Bombay plague: being a history of the progress of plague in the Bombay presidency from September 1896 to June 1899
Year: 1896
Disease focus: Plague
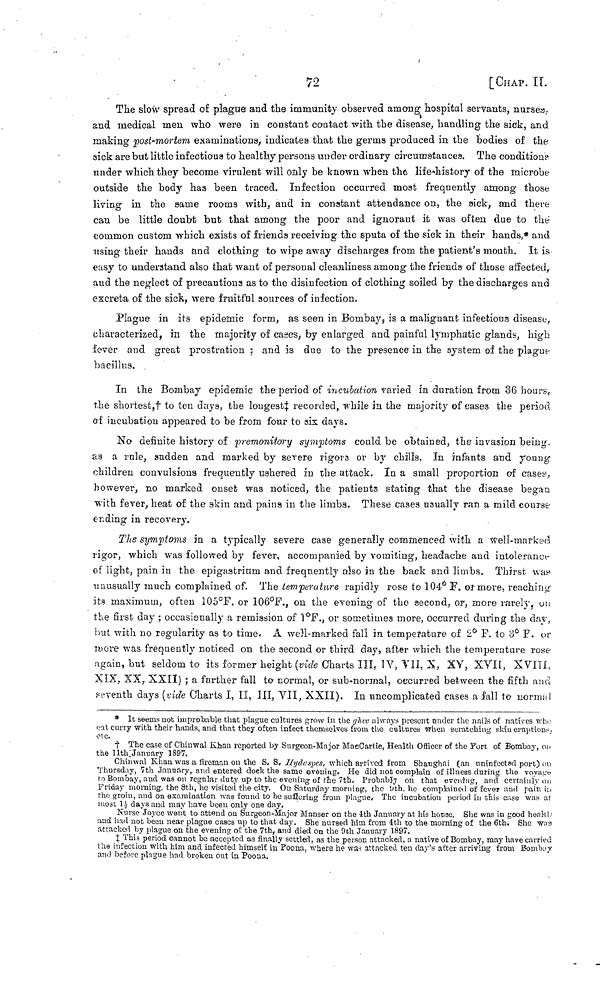
72
[CHAP. II.
The slow spread of plague and the immunity observed among hospital servants, nurses,
and medical men who were in constant contact with the disease, handling the sick, and
making post-mortem examinations, indicates that the germs produced in the bodies of the
sick are but little infectious to healthy persons under ordinary circumstances. The conditions
under which they become virulent will only be known when the life-history of the microbe
outside the body has been traced. Infection occurred most frequently among those
living in the same rooms with, and in constant attendance on, the sick, and there
can be little doubt but that among the poor and ignorant it was often due to the
common custom which exists of friends receiving the sputa of the sick in their hands,* and
using their hands and clotting to wipe away discharges from the patient's mouth. It is
easy to understand also that want of personal cleanliness among the friends of those affected,
and the neglect of precautions as to the disinfection of clothing soiled by the discharges and
excreta of the sick, were fruitful sources of infection.
Plague in its epidemic form, as seen in Bombay, is a malignant infectious disease,
characterized, in the majority of cases, by enlarged and painful lymphatic glands, high
fever and great prostration ; and is due to the presence in the system oí the plague
bacillus.
In the Bombay epidemic the period of incubation varied in duration from 36 hours.
the shortest,† to ten days, the longest‡ recorded, while in the majority of cases the period
of incubation appeared to be from four to six days.
No definite history of premonitory symptoms could be obtained, the invasion being.
as a rule, sudden and marked by severe rigors or by chills. In infants and young
children convulsions frequently ushered in the attack. In a small proportion of cases,
however, no marked onset was noticed, the patients stating that the disease began
with fever, heat of the skin and pains in the limbs. These cases usually ran a mild course
ending in recovery.
The symptoms in a typically severe case generally commenced with a well-marked
rigor, which was followed by fever, accompanied by vomiting, headache and intolerance
of light, pain in the epigastrium and frequently also in the back and limbs. Thirst, way
unusually much complained of. The temperature rapidly rose to 104· o F. or more, reaching-
its maximum, often 105°F. or 106°F., on the evening of the second, or, more rarely, on
the first day ; occasionally a remission of 1 o F., or sometimes more, occurred during the dar,
but with no regularity as to time. A well-marked fall in temperature of 2 o F. to 3 o F. or
more was frequently noticed on the second or third day, after which the temperature rose
again, but seldom to its former height (vide Charts III, IV, VII, X, XV, XYII, XVIII,
XIX, XX, XXII) ; a farther fall to normal, or sub-normal, occurred between the fifth and
seventh days (vide Charts I, II, III, VII, XXII). In uncomplicated cases a fall to normal
* It seems not improbable that plague cultures grow in the ghee always present under the nails of natives who
oat curry with their hands, and that they often infect themselves from the cultures When scratching skiu eruption-,
etc.
† The case of Chinwal Khan reported by Surgeon-Major MaeCartie, Health Officer of the Fort of Bombay, on
the 11th January 1897.
Chinwal Khan was a fireman on the S. S. IIydaspes, which arrived from Shanghai (an uninfected port) on
Thursday, 7th January, and entered dock the same evening. He did not complain of illness during the voyage
to Bombay, and was on regular duty up to the evening of the 7th, Probably on that evening, and certainly on
Friday morning, the 8th, he visited the city. On Saturday morning, the 9th, he complained of fever and pain in
the groin, and on examination was found to be suffering from plague. The incubation period in this case was at
most 1½ days and may have been only one day.
Nurse Joyce went to attend on Surgeon-Major Manser on the 4th January at his house. She was in good healthy
and had not been near plague cases up to that day. She nursed him from 4th to the morning of the 6th. She was
attacked by plague on the evening of the 7th, and died on the 9th January 1897.
‡ This period cannot be accepted as finally settled, as the person attacked, a native of Bombay, may have carried
the infection with him and infected himself in Poona, where he was attacked ten day's after arriving from Bombay
and before plague had broken out in Poona.